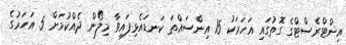
އިންޓްރެސްޓްގެ ގޮތުގައި އަހަރަކު 15 އިންސައްތަ ކަނޑައެޅިފައިވާ މިލޯން ދެއްކުމަށް 5 އަހަރުގެ